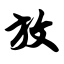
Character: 放